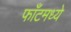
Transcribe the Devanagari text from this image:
फाँटमध्ये